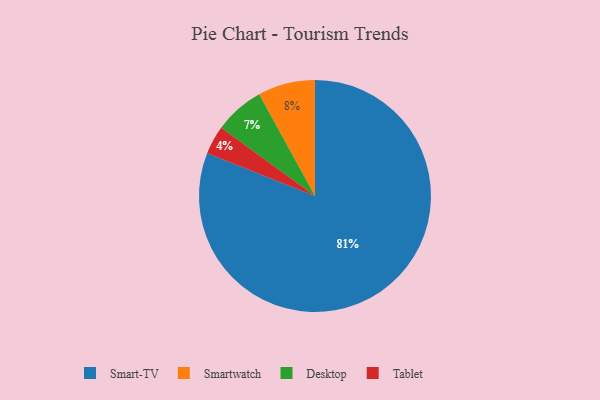
{"axis": {"x": "Category", "y": "Percentage"}, "legend": ["Desktop", "Smart-TV", "Smartwatch", "Tablet"], "data": [{"x": "Smartwatch", "y": 8, "type": "Smartwatch"}, {"x": "Smart-TV", "y": 81, "type": "Smart-TV"}, {"x": "Tablet", "y": 4, "type": "Tablet"}, {"x": "Desktop", "y": 7, "type": "Desktop"}]}